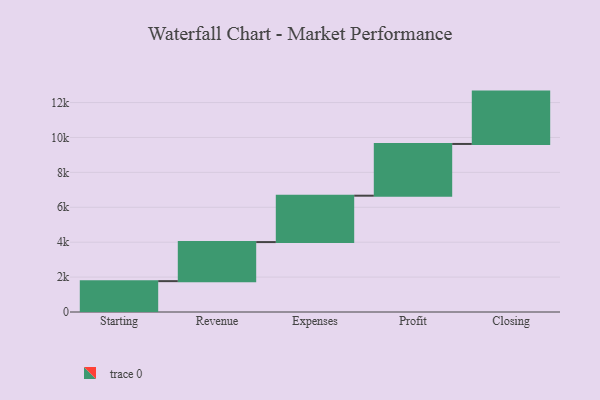
{"axis": {"x": "Step", "y": "Value"}, "legend": [""], "data": [{"x": "Starting", "y": 1768.0, "type": ""}, {"x": "Revenue", "y": 2238.0, "type": ""}, {"x": "Expenses", "y": 2658.0, "type": ""}, {"x": "Profit", "y": 2964.0, "type": ""}, {"x": "Closing", "y": 3000, "type": ""}]}